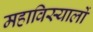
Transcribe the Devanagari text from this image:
महाविस्यालों